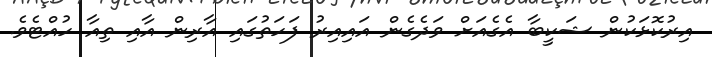
އިރުކޮޅަކުން ޝަކީބާ އެގެއަށް ވަދެގެން އައިއިރު ފަހަތުގައި އާރިން އާއި ތިއާ ހުއްޓެވެ.